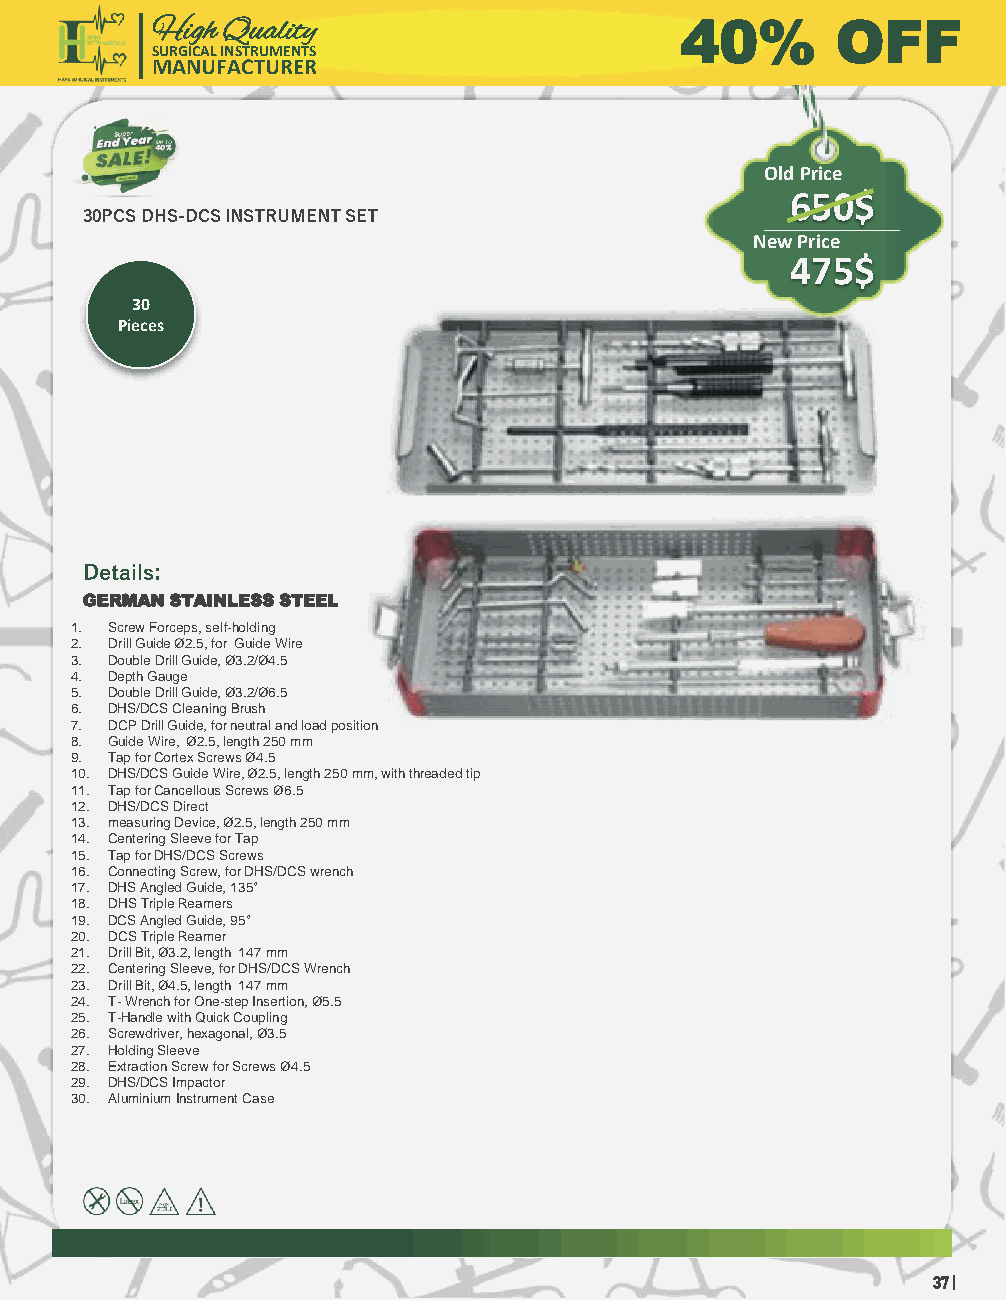
High Quality                       40%       OFF
 SURGICAL INSTRUMENTS
 MANUFACTURER
 Old Price
 650$
 30PCS DHS-DCS INSTRUMENT SET
 New Price
 475$
 30
 Pieces
 Details:
 GERMAN STAINLESS STEEL
 1. Screw Forceps, self-holding
 2. Drill Guide Ø2.5, for Guide Wire
 3. Double Drill Guide, Ø3.2/Ø4.5
 4. Depth Gauge
 5. Double Drill Guide, Ø3.2/Ø6.5
 6. DHS/DCS Cleaning Brush
 7. DCP Drill Guide, for neutral and load position
 8. Guide Wire, Ø2.5, length 250 mm
 9. Tap for Cortex Screws Ø4.5
 10. DHS/DCS Guide Wire, Ø2.5, length 250 mm, with threaded tip
 11. Tap for Cancellous Screws Ø6.5
 12. DHS/DCS Direct
 13. measuring Device, Ø2.5, length 250 mm
 14. Centering Sleeve for Tap
 15. Tap for DHS/DCS Screws
 16. Connecting Screw, for DHS/DCS wrench
 17. DHS Angled Guide, 135°
 18. DHS Triple Reamers
 19. DCS Angled Guide, 95°
 20. DCS Triple Reamer
 21. Drill Bit, Ø3.2, length 147 mm
 22. Centering Sleeve, for DHS/DCS Wrench
 23. Drill Bit, Ø4.5, length 147 mm
 24. T-Wrench for One-step Insertion, Ø5.5
 25. T-Handle with Quick Coupling
 26. Screwdriver, hexagonal, Ø3.5
 27. Holding Sleeve
 28. Extraction Screw for Screws Ø4.5
 29. DHS/DCS Impactor
 30. AluminiumInstrument Case
 37 |